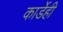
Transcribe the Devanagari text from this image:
कार्डेही